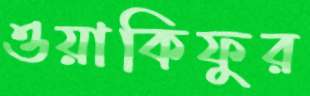
ওয়াকিফুর